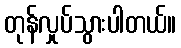
တုန်လှုပ်သွားပါတယ်။